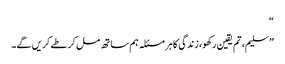
“
”سلیم، تم یقین رکھو، زندگی کا ہر مسئلہ ہم ساتھ مل کر طے کریں گے۔